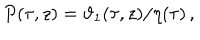
LaTeX: P ( \tau , z ) = \vartheta _ { 1 } ( \tau , z ) / \eta ( \tau ) \, ,